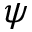
\psi